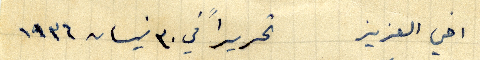
اخي العزيز  تحريراً في ٣٠ نيسان ١٩٣٦